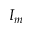
I _ { m }